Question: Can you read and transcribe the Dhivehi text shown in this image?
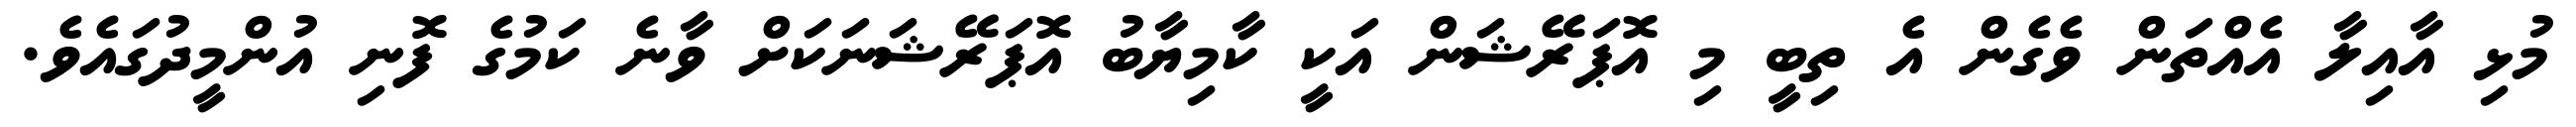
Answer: މުޅި އާއިލާ އެއްތަން ވެގެން އެ ތިބީ މި އޮޕަރޭޝަން އަކީ ކާމިޔާބު އޮޕަރޭޝަނަކަށް ވާނެ ކަމުގެ ފޮނި އުންމީދުގައެވެ.